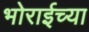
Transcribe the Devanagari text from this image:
भोराईच्या